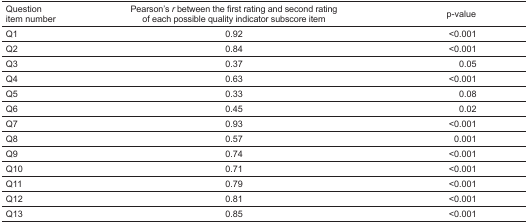
<table><thead><tr><td><b>Question item number</b></td><td><b>Pearson’s <i>r</i> between the first rating and second rating of each possible quality indicator subscore item</b></td><td><b>p-value</b></td></tr></thead><tbody><tr><td>Q1</td><td>0.92</td><td>&lt;0.001</td></tr><tr><td>Q2</td><td>0.84</td><td>&lt;0.001</td></tr><tr><td>Q3</td><td>0.37</td><td>0.05</td></tr><tr><td>Q4</td><td>0.63</td><td>&lt;0.001</td></tr><tr><td>Q5</td><td>0.33</td><td>0.08</td></tr><tr><td>Q6</td><td>0.45</td><td>0.02</td></tr><tr><td>Q7</td><td>0.93</td><td>&lt;0.001</td></tr><tr><td>Q8</td><td>0.57</td><td>0.001</td></tr><tr><td>Q9</td><td>0.74</td><td>&lt;0.001</td></tr><tr><td>Q10</td><td>0.71</td><td>&lt;0.001</td></tr><tr><td>Q11</td><td>0.79</td><td>&lt;0.001</td></tr><tr><td>Q12</td><td>0.81</td><td>&lt;0.001</td></tr><tr><td>Q13</td><td>0.85</td><td>&lt;0.001</td></tr></tbody></table>